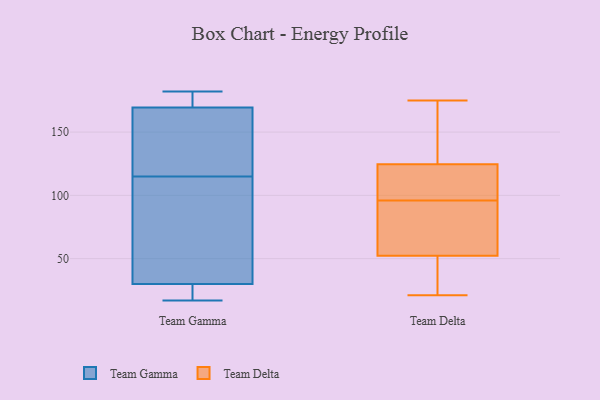
{"axis": {"x": "Net Income (USD K)", "y": "Value"}, "legend": ["Team Delta", "Team Gamma"], "data": [{"x": "", "y": 51, "type": "Team Gamma"}, {"x": "", "y": 21, "type": "Team Gamma"}, {"x": "", "y": 173, "type": "Team Gamma"}, {"x": "", "y": 182, "type": "Team Gamma"}, {"x": "", "y": 23, "type": "Team Gamma"}, {"x": "", "y": 165, "type": "Team Gamma"}, {"x": "", "y": 146, "type": "Team Gamma"}, {"x": "", "y": 115, "type": "Team Gamma"}, {"x": "", "y": 17, "type": "Team Gamma"}, {"x": "", "y": 171, "type": "Team Gamma"}, {"x": "", "y": 85, "type": "Team Gamma"}, {"x": "", "y": 96, "type": "Team Delta"}, {"x": "", "y": 175, "type": "Team Delta"}, {"x": "", "y": 118, "type": "Team Delta"}, {"x": "", "y": 83, "type": "Team Delta"}, {"x": "", "y": 111, "type": "Team Delta"}, {"x": "", "y": 144, "type": "Team Delta"}, {"x": "", "y": 21, "type": "Team Delta"}, {"x": "", "y": 54, "type": "Team Delta"}, {"x": "", "y": 47, "type": "Team Delta"}, {"x": "", "y": 46, "type": "Team Delta"}, {"x": "", "y": 108, "type": "Team Delta"}, {"x": "", "y": 165, "type": "Team Delta"}, {"x": "", "y": 64, "type": "Team Delta"}]}